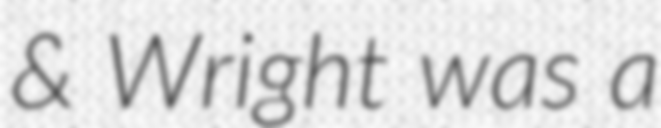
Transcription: & Wright was a